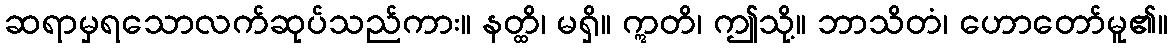
ဆရာမှရသောလက်ဆုပ်သည်ကား။ နတ္ထိ၊ မရှိ။ ဣတိ၊ ဤသို့။ ဘာသိတံ၊ ဟောတော်မူ၏။